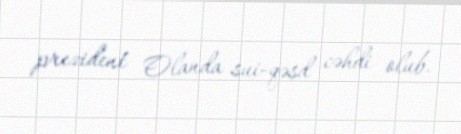
prezident Olanda sui-qəsd cəhdi olub.